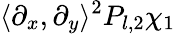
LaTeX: \langle\partial_{x},\partial_{y}\rangle^{2}P_{l,2}\chi_{1}